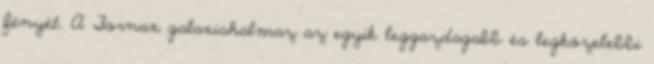
fényét. A Fornax galaxishalmaz az egyik leggazdagabb és legközelebbi